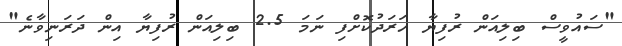
"ސައުވީސް ބިލިއަން ރުފިޔާ ހަރަދުކޮށްފި ނަމަ 2.5 ބިލިއަން ރުފިޔާ އިން ދަރަނިވާނެ"